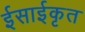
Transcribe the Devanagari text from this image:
ईसाईकृत